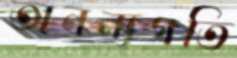
অনন্যগতি